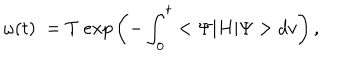
{ \omega } ( t ) \; = T \ e x p \left( - \int _ { 0 } ^ { t } < \Psi | H | \Psi > d v \right) ,